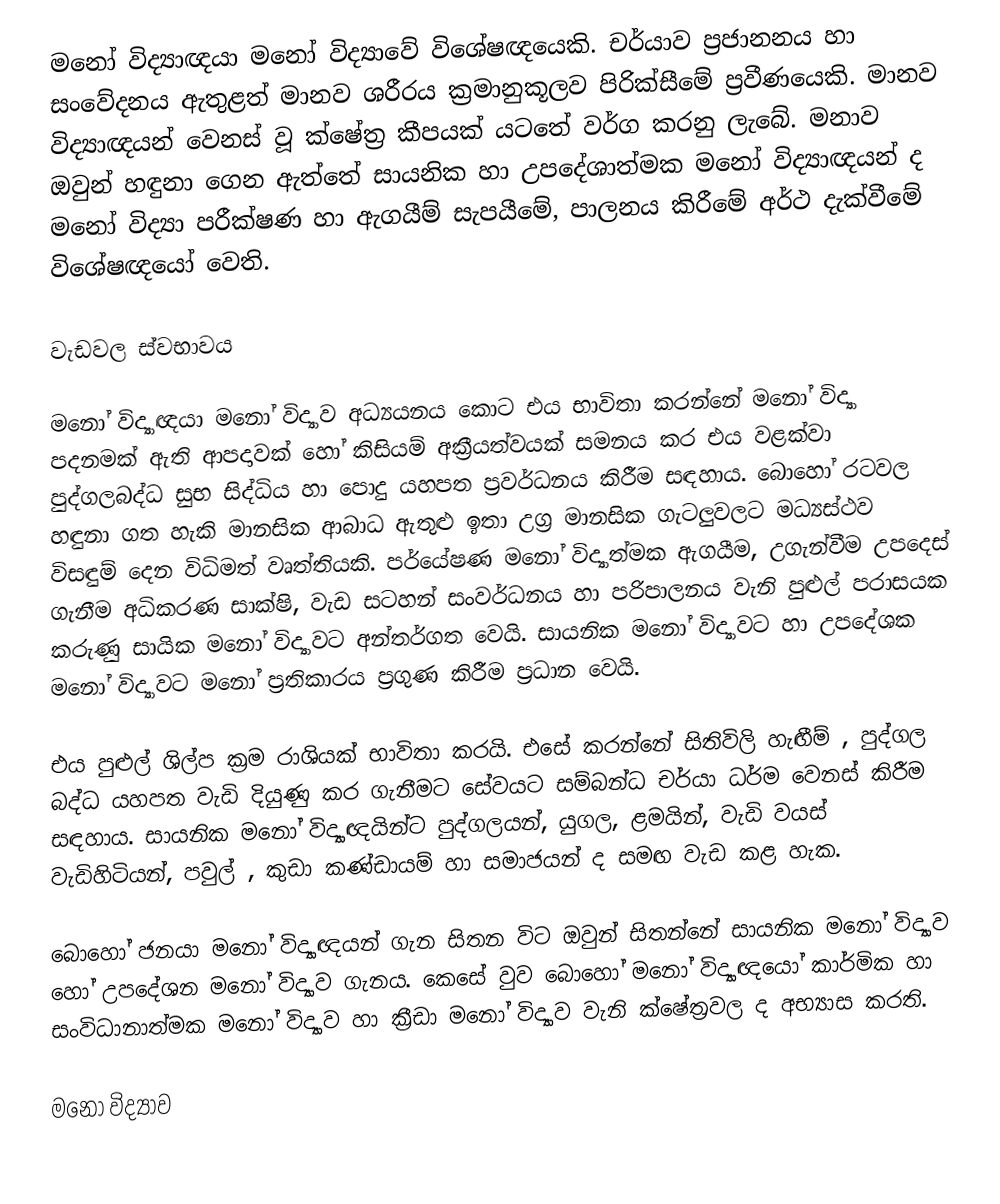
මනෝ විද්‍යාඥයා මනෝ විද්‍යාවේ විශේෂඥයෙකි. චර්යාව ප්‍රජානනය හා සංවේදනය ඇතුළත් මානව ශරීරය ක්‍රමානුකූලව පිරික්සීමේ ප්‍රවීණයෙකි. මානව විද්‍යාඥයන් වෙනස් වූ ක්ෂේත්‍ර කීපයක් යටතේ වර්ග කරනු ලැබේ. මනාව ඔවුන් හඳුනා ගෙන ඇත්තේ සායනික හා උපදේශාත්මක මනෝ විද්‍යාඥයන් ද මනෝ විද්‍යා පරීක්ෂණ හා ඇගයීම් සැපයීමේ, පාලනය කිරීමේ අර්ථ දැක්වීමේ විශේෂඥයෝ වෙති.

වැඩවල ස්වභාවය

මනෝ විද්‍යාඥයා මනෝ විද්‍යාව අධ්‍යයනය කොට එය භාවිතා කරන්නේ මනෝ විද්‍යා පදනමක් ඇති ආපදාවක් හෝ කිසියම් අක්‍රීයත්වයක් සමනය කර එය වළක්වා පුද්ගලබද්ධ සුභ සිද්ධිය හා පොදු යහපත ප්‍රවර්ධනය කිරීම සඳහාය. බොහෝ රටවල හඳුනා ගත හැකි මානසික ආබාධ ඇතුළු ඉතා උග්‍ර මානසික ගැටලුවලට මධ්‍යස්ථව විසඳුම් දෙන විධිමත් වෘත්තියකි. පර්යේෂණ මනෝ විද්‍යාත්මක ඇගයීම, උගැන්වීම උපදෙස් ගැනීම අධිකරණ සාක්ෂි, වැඩ සටහන් සංවර්ධනය හා පරිපාලනය වැනි පුළුල් පරාසයක කරුණු සායික මනෝ විද්‍යාවට අන්තර්ගත වෙයි. සායනික මනෝ විද්‍යාවට හා උපදේශක මනෝ විද්‍යාවට මනෝ ප්‍රතිකාරය ප්‍රගුණ කිරීම ප්‍රධාන වෙයි.

එය පුළුල් ශිල්ප  ක්‍රම රාශියක් භාවිතා කරයි. එසේ කරන්නේ සිතිවිලි හැඟීම් , පුද්ගල බද්ධ යහපත වැඩි දියුණු කර ගැනීමට සේවයට සම්බන්ධ චර්යා ධර්ම වෙනස් කිරීම සඳහාය. සායනික මනෝ විද්‍යාඥයින්ට පුද්ගලයන්, යුගල, ළමයින්, වැඩි වයස් වැඩිහිටියන්, පවුල් , කුඩා කණ්ඩායම් හා සමාජයන් ද සමඟ වැඩ කළ හැක.

බොහෝ ජනයා මනෝ විද්‍යාඥයන් ගැන සිතන විට ඔවුන් සිතන්නේ  සායනික මනෝ විද්‍යාව හෝ උපදේශන මනෝ විද්‍යාව ගැනය. කෙසේ වුව බොහෝ මනෝ විද්‍යාඥයෝ කාර්මික හා සංවිධානාත්මක මනෝ විද්‍යාව හා ක්‍රීඩා මනෝ විද්‍යාව වැනි ක්ෂේත්‍රවල ද අභ්‍යාස කරති.

මනෝ විද්‍යාව